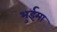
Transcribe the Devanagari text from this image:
भुईमा